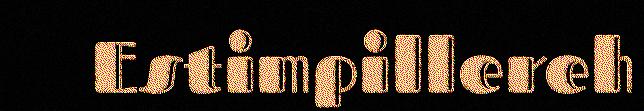
Estimpillereh